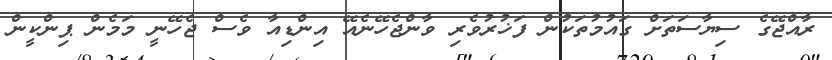
ރާއްޖޭގެ ސިޔާސަތަށް ގައުމުތަކުން ފަޚުރުވެރި ވާންޖެހޭނެއޭ އިންޑިއާ ވެސް ޖެހޭނީ މަމެން ޕިންކީން